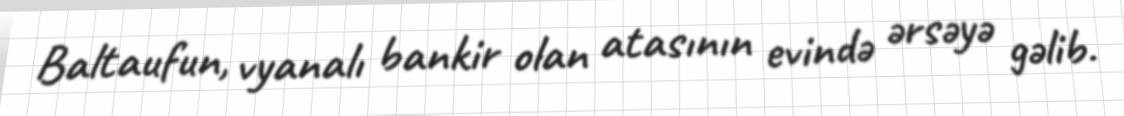
Baltaufun, vyanalı bankir olan atasının evində ərsəyə gəlib.